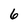
Character: 6